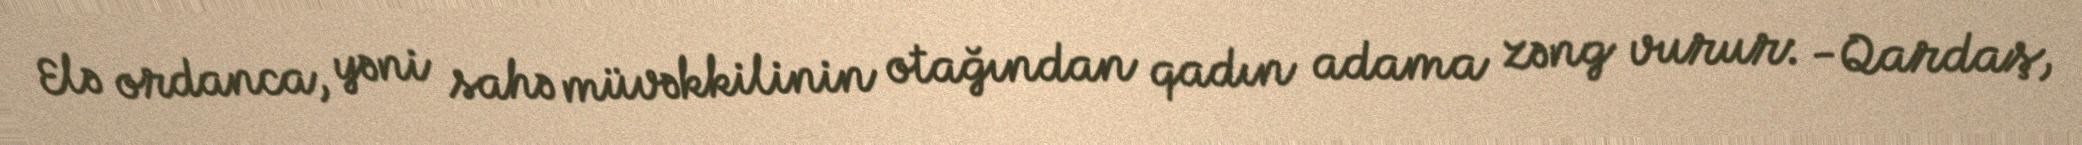
Elə ordanca, yəni sahə müvəkkilinin otağından qadın adama zəng vurur: -Qardaş,